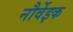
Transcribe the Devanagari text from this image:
नौर्वेइक